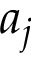
a _ { j }